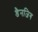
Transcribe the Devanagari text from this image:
डैनजिग